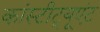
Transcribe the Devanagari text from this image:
कांस्टीट्यूएंट